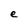
Character: e